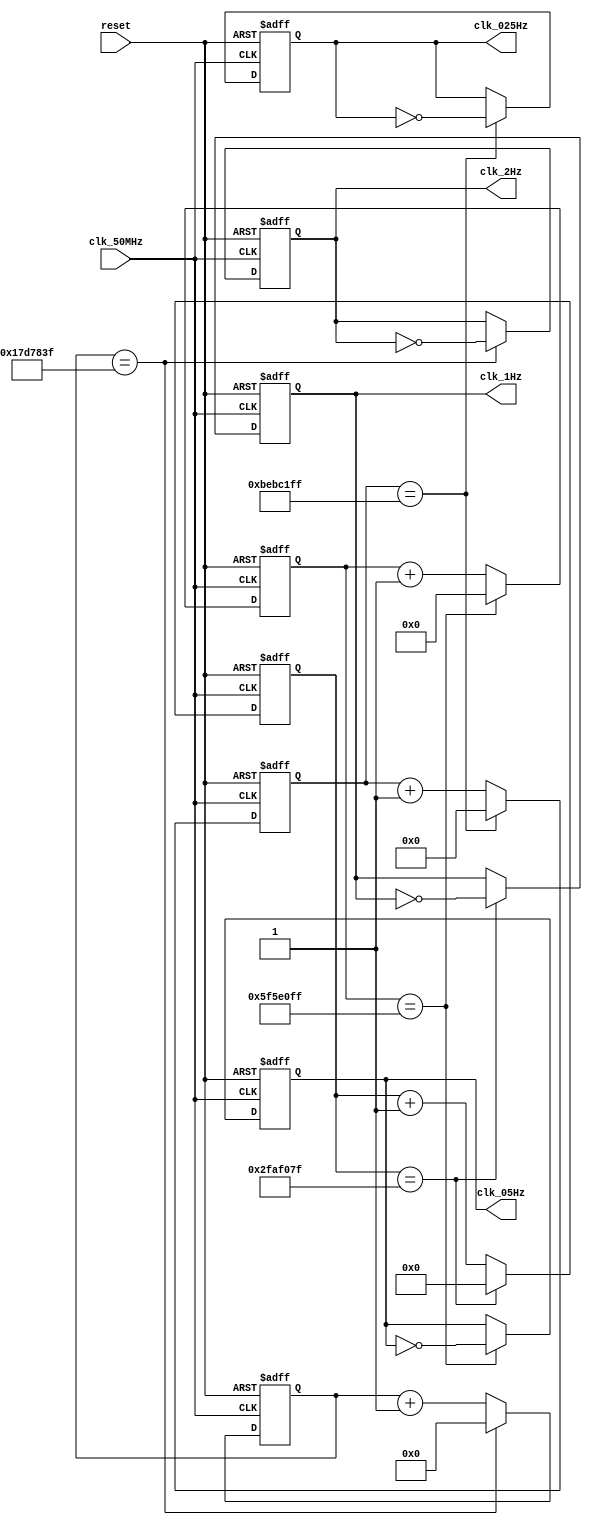

// FMS_CLOCK	

module FMS_CLOCK (
    input wire clk_50MHz,   // Sinal de clock de 50 MHz
    input wire reset,       // Sinal de reset
    output reg clk_025Hz,   // Sinal de clock de 0.25 Hz
    output reg clk_05Hz,    // Sinal de clock de 0.5 Hz
    output reg clk_1Hz,     // Sinal de clock de 1 Hz
    output reg clk_2Hz      // Sinal de clock de 2 Hz
);

reg [27:0] c025; // Contador para 0.25 Hz (28 bits) 199_999_999 = 2^28 e assim por diante
reg [26:0] c05;  // Contador para 0.5 Hz (27 bits)
reg [25:0] c1;   // Contador para 1 Hz (26 bits)
reg [24:0] c2;   // Contador para 2 Hz (25 bits)


localparam C025_MAX = 199_999_999; // dando nome a constantes como na aula de microcontroladores
localparam C05_MAX = 99_999_999;
localparam C1_MAX = 49_999_999;
localparam C2_MAX = 24_999_999;

always @(posedge clk_50MHz or posedge reset) begin
    if (reset) begin
        // Resetando contadores e clocks
        c025 <= 0;
        c05 <= 0;
        c1 <= 0;
        c2 <= 0;
        clk_025Hz <= 0;
        clk_05Hz <= 0;
        clk_1Hz <= 0;
        clk_2Hz <= 0;
    end else begin
        // Contador para 0.25 Hz - toda vez que contar ate 199_199_999 vai subir o sinal, quando contar de novo vai descer e assim vai produzir um sinal de 0,25Hz
        if (c025 == C025_MAX) begin
            c025 <= 0;
            clk_025Hz <= ~clk_025Hz; 
        end else begin
            c025 <= c025 + 1'b1; // incrementa o contador
        end

        // Contador para 0.5 Hz
        if (c05 == C05_MAX) begin
            c05 <= 0;
            clk_05Hz <= ~clk_05Hz; 
        end else begin
            c05 <= c05 + 1'b1;
        end

        // Contador para 1 Hz
        if (c1 == C1_MAX) begin
            c1 <= 0;
            clk_1Hz <= ~clk_1Hz;
        end else begin
            c1 <= c1 + 1'b1;
        end

        // Contador para 2 Hz
        if (c2 == C2_MAX) begin
            c2 <= 0;
            clk_2Hz <= ~clk_2Hz;
        end else begin
            c2 <= c2 + 1'b1;
        end 
    end
end

endmodule